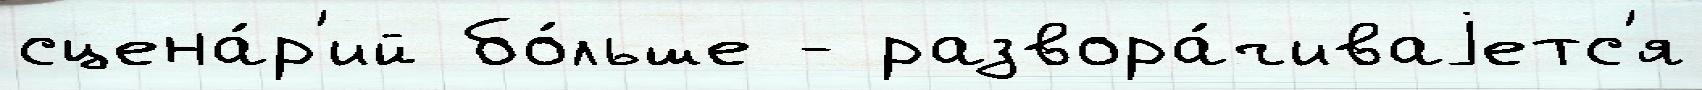
сцена́р'ий бо́льше - развора́чиваjетс'я